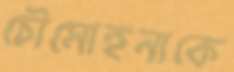
চৌমোহনাকে